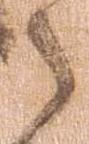
之